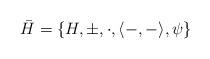
LaTeX: \begin{align*} \bar{H}=\{H,\pm,\cdot, \langle -,-\rangle,\psi\}\end{align*}